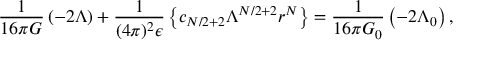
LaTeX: { \frac { 1 } { 1 6 \pi G } } \left( - 2 \Lambda \right) + { \frac { 1 } { ( 4 \pi ) ^ { 2 } \epsilon } } \left\{ c _ { N / 2 + 2 } \Lambda ^ { N / 2 + 2 } r ^ { N } \right\} = { \frac { 1 } { 1 6 \pi G _ { 0 } } } \left( - 2 \Lambda _ { 0 } \right) ,